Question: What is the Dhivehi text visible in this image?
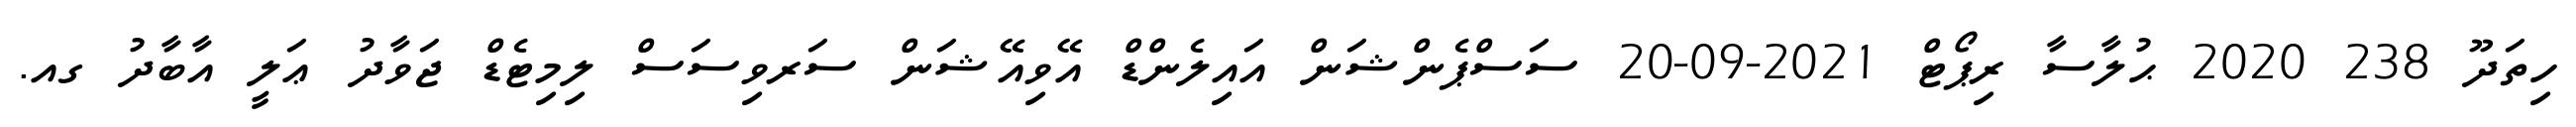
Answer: ހިތަދޫ 238 2020 ޙުލާސާ ރިޕޯޓް 2021-09-20 ސަސްޕެންޝަން އައިލެންޑް އޭވިއޭޝަން ސަރވިސަސް ލިމިޓެޑް ޖަވާދު ޢަލީ އާބާދު ގއ.